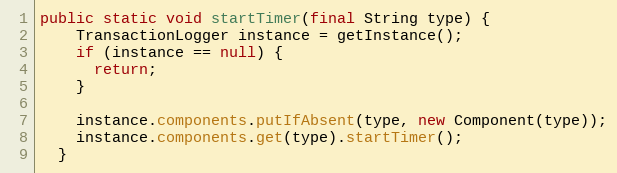
Language: Java
public static void startTimer(final String type) {
    TransactionLogger instance = getInstance();
    if (instance == null) {
      return;
    }

    instance.components.putIfAbsent(type, new Component(type));
    instance.components.get(type).startTimer();
  }